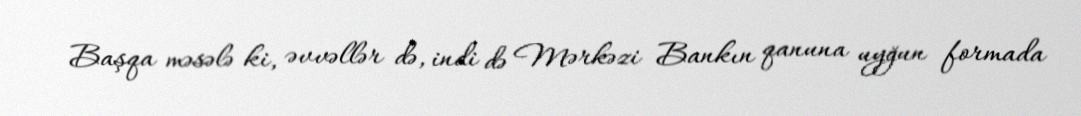
Başqa məsələ ki, əvvəllər də, indi də Mərkəzi Bankın qanuna uyğun formada